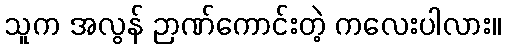
သူက အလွန် ဉာဏ်ကောင်းတဲ့ ကလေးပါလား။